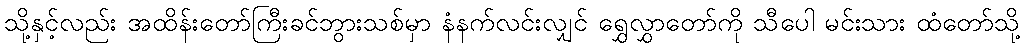
သို့နှင့်လည်း အထိန်းတော်ကြီးခင်ဘွားသစ်မှာ နံနက်လင်းလျှင် ရွှေလွှာတော်ကို သီပေါ မင်းသား ထံတော်သို့